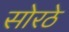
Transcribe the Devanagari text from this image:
सोरठे